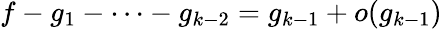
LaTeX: f-g_{1}-\cdots-g_{k-2}=g_{k-1}+o(g_{k-1})